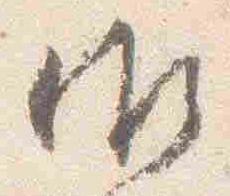
御